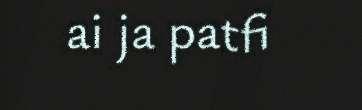
ai ja patfi